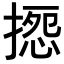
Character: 𢱽